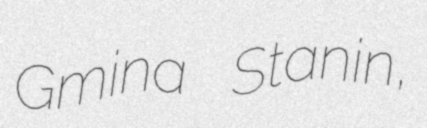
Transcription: Gmina Stanin,